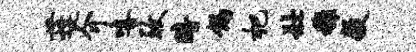
蓬介嘻致暗偈杷壮稚毅